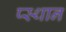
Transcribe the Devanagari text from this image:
प्स्थान